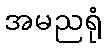
အမညရုံ